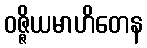
ဝဇ္ဇိယမာဟိတေန